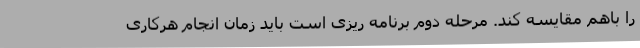
را باهم مقایسه کند. مرحله دوم برنامه ریزی است باید زمان انجام هرکاری